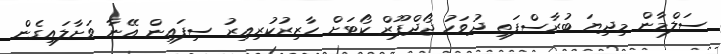
ސަލްމާން މިދިޔަ ބުރާސްފަތި ދުވަހު ޖޯދްޕޫރް ކޯޓަށް ހާޒިރުކުރިއިރު ސިފައިން އޭނާ ވަށާލައިގެން